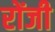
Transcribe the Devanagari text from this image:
रोंजी